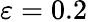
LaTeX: \varepsilon=0.2